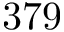
3 7 9